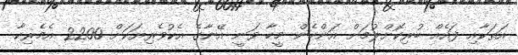
އަތަކާއި ފައެއް ބުރިކޮށްލުމަށް އަންހެން މީހާ ވަނީ އޭނާގެ އެކުވެރިޔަކަށް 2200 އެމެރިކާ